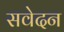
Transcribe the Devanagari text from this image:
सवेदन